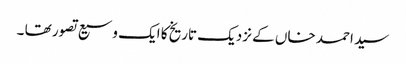
سید احمد خاں کے نزدیک تاریخ کا ایک وسیع تصور تھا ۔